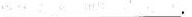
____.